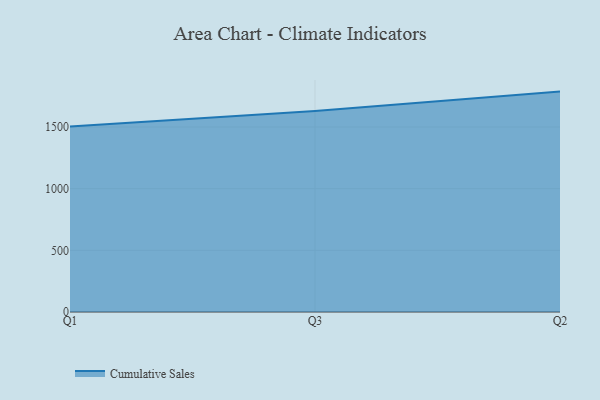
{"axis": {"x": "Quarter", "y": "Latency (ms)"}, "legend": ["Cumulative Sales"], "data": [{"x": "Q1", "y": 1503.3, "type": "Cumulative Sales"}, {"x": "Q3", "y": 1630.1, "type": "Cumulative Sales"}, {"x": "Q2", "y": 1787.1, "type": "Cumulative Sales"}]}